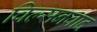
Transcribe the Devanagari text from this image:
विल्सनवाद